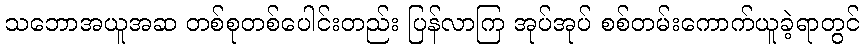
သဘောအယူအဆ တစ်စုတစ်ပေါင်းတည်း ပြန်လာကြ အုပ်အုပ် စစ်တမ်းကောက်ယူခဲ့ရာတွင်